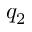
q _ { 2 }